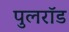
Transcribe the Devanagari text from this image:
पुलरॉड